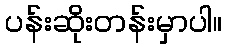
ပန်းဆိုးတန်းမှာပါ။